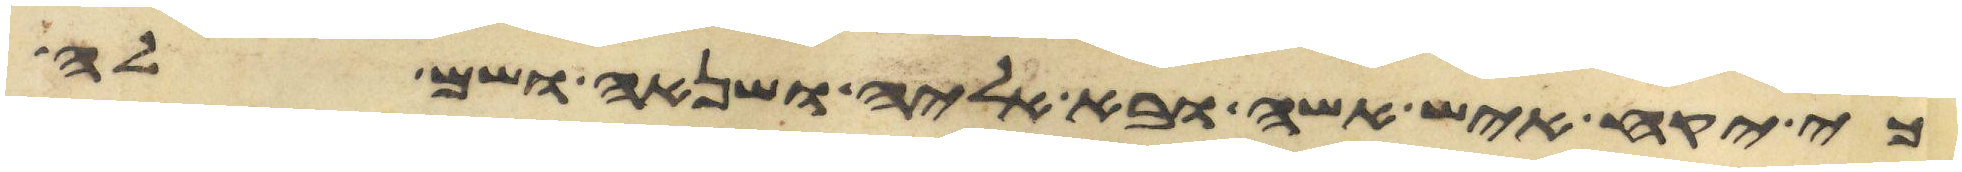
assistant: כי יקח איש אשה ובא אליה ושנאה ושם לה